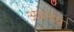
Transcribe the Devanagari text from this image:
अग्रार्द्ध